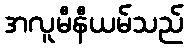
အလူမီနီယမ်သည်